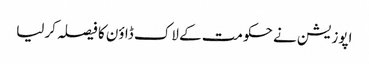
اپوزیشن نے حکومت کے لاک ڈاؤن کا فیصلہ کرلیا